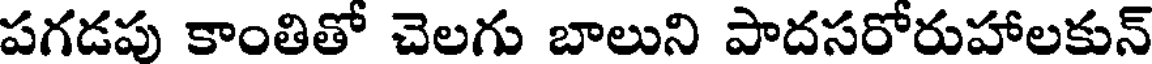
పగడపు కాంతితో చెలగు బాలుని పాదసరోరుహాలకున్